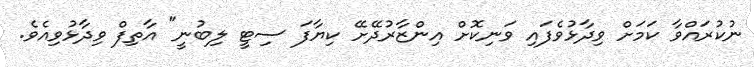
ނުކުރައްވާ ކަމަށް ވިދާޅުވެފައި ވަނިކޮށް އިންޒާރުދޭށޭ ކިޔާފަ ސިޓީ ލިބުނީ" އާތިފް ވިދާޅުވިއެވެ.